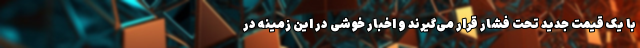
با یک قیمت جدید تحت فشار قرار می‌گیرند و اخبار خوشی در این زمینه در